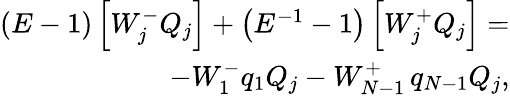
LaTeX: \begin{array}{r}{\left(E-1\right)\left[W_{j}^{-}Q_{j}\right]+\left(E^{-1}-1\right)\left[W_{j}^{+}Q_{j}\right]=}\\ {-W_{1}^{-}q_{1}Q_{j}-W_{N-1}^{+}\thinspace q_{N-1}Q_{j},}\end{array}